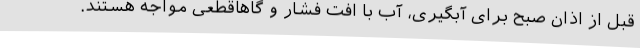
قبل از اذان صبح برای آبگیری، آب با افت فشار و گاهاقطعی مواجه هستند.